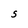
Character: S